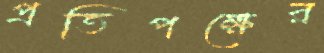
প্রতিপক্ষের